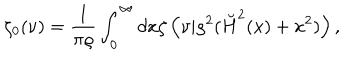
\zeta _ { 0 } ( \nu ) = { \frac { 1 } { \pi \varrho } } \int _ { 0 } ^ { \infty } d x \zeta \left( \nu | \varrho ^ { 2 } ( \breve { H } ^ { 2 } ( x ) + x ^ { 2 } ) \right) ,